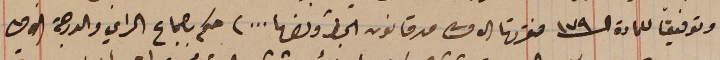
وتوفيقاُ للمادة الـ١٧٩ فقرتها الاولى من قانون الجزا ونصها ...) حكم باجماع الراي والدرجة الاولى